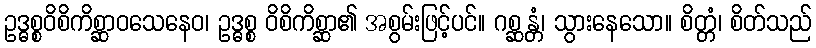
ဥဒ္ဓစ္စဝိစိကိစ္ဆာဝသေနေဝ၊ ဥဒ္ဓစ္စ ဝိစိကိစ္ဆာ၏ အစွမ်းဖြင့်ပင်။ ဂစ္ဆန္တံ၊ သွားနေသော။ စိတ္တံ၊ စိတ်သည်